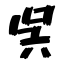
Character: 呉